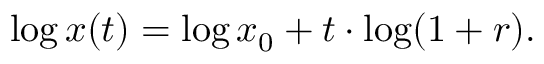
\log x ( t ) = \log x _ { 0 } + t \cdot \log ( 1 + r ) .